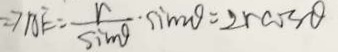
\Rightarrow A E = \frac { r } { \sin \theta } \cdot \sin 2 \theta = 2 r \cos \theta